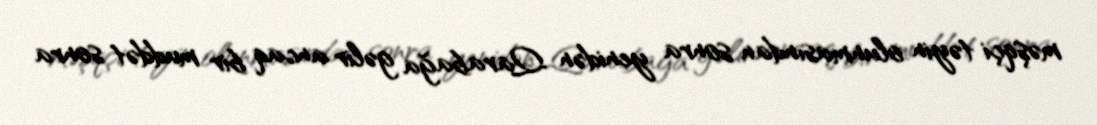
məşqçi təyin olunmasından sonra yenidən Qarabağa gəlir ancaq bir muddət sonra